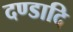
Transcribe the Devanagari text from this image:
दण्डादि